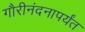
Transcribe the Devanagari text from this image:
गौरीनंदनापर्यंत